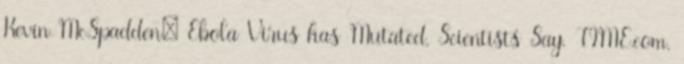
Kevin McSpadden: Ebola Virus has Mutated, Scientists Say. TIME.com.